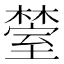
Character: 𬄰